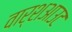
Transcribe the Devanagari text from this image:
वार्शआउट